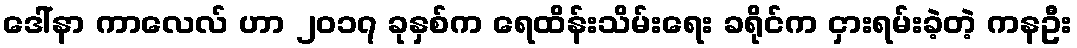
ဒေါ်နာ ကာလေလ် ဟာ ၂၀၁၇ ခုနှစ်က ရေထိန်းသိမ်းရေး ခရိုင်က ငှားရမ်းခဲ့တဲ့ ကနဦး